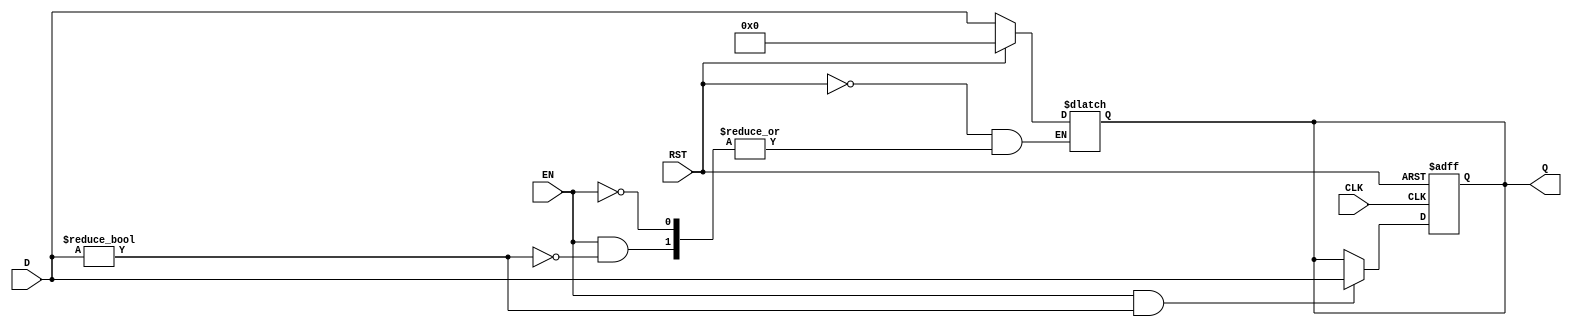
module BarrierRegister #(
    parameter N = 4   // Number of data inputs (D1, D2, ..., Dn)
)(
    input  wire [N-1:0] D,   // Data inputs (D1 to Dn)
    input  wire EN,          // Enable signal
    input  wire CLK,         // Clock signal
    input  wire RST,         // Reset signal
    output reg  [N-1:0] Q    // Output
);

    // Asynchronous reset logic
    always @(*) begin
        if (RST) begin
            Q <= 0;  // Set output to zero on reset
        end else if (EN) begin
            // Check if all inputs are valid (non-zero or defined state)
            // Here we assume inputs should be non-zero to be considered valid
            if (D != 0) begin
                // Update output only if all inputs are ready
                Q <= D;  // Capture data on the positive edge of clock when enabled
            end
        end
    end

    // Synchronous operation on the rising edge of CLK
    always @(posedge CLK or posedge RST) begin
        if (RST) begin
            Q <= 0;  // Reset the output
        end else if (EN && (D != 0)) begin
            Q <= D;  // Capture inputs when enable is asserted and inputs are valid
        end
        // If not enabled or inputs are invalid, Q keeps its previous value
    end

endmodule